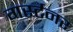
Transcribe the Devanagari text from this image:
गर्स्टनर